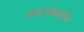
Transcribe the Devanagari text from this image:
स्वल्पकालीन